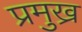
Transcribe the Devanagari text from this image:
प्रमुख्र